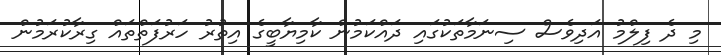
މި ދެ ފިލްމު އަދިވެސް ސިނަމާތަކުގައި ދައްކަމުން ކާމިޔާބީގެ އިތުރު ހަރުފަތްތައް ގިރާކުރަމުން